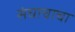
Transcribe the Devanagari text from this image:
संघाचाचा